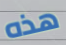
هذه